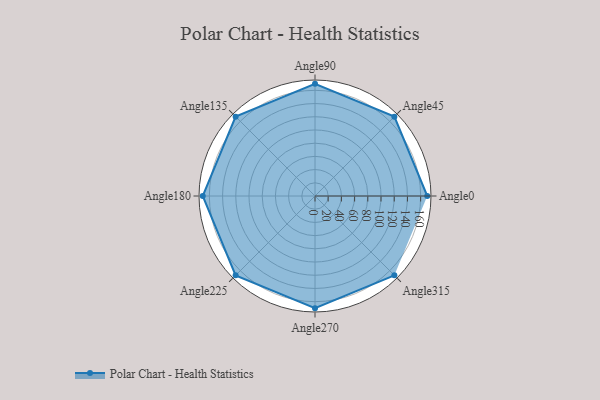
{"axis": {"x": "Angle", "y": "Radius"}, "legend": [""], "data": [{"x": "Angle0", "y": 170.0, "type": ""}, {"x": "Angle45", "y": 170, "type": ""}, {"x": "Angle90", "y": 170, "type": ""}, {"x": "Angle135", "y": 170.0, "type": ""}, {"x": "Angle180", "y": 170, "type": ""}, {"x": "Angle225", "y": 170, "type": ""}, {"x": "Angle270", "y": 170, "type": ""}, {"x": "Angle315", "y": 170, "type": ""}]}